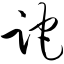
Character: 跎